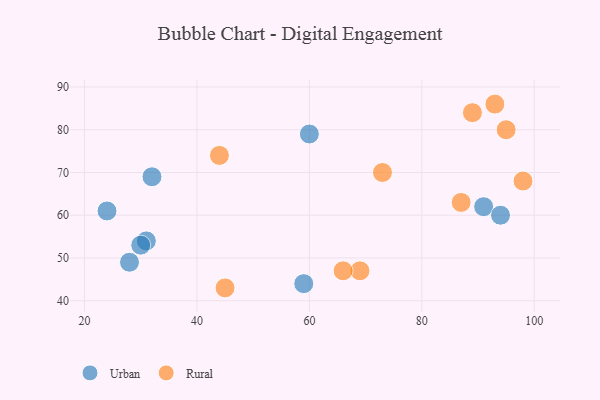
{"axis": {"x": "GDP", "y": "Life Expectancy"}, "legend": ["Rural", "Urban"], "data": [{"x": "60", "y": 79, "type": "Urban"}, {"x": "91", "y": 62, "type": "Urban"}, {"x": "28", "y": 49, "type": "Urban"}, {"x": "59", "y": 44, "type": "Urban"}, {"x": "94", "y": 60, "type": "Urban"}, {"x": "31", "y": 54, "type": "Urban"}, {"x": "24", "y": 61, "type": "Urban"}, {"x": "32", "y": 69, "type": "Urban"}, {"x": "30", "y": 53, "type": "Urban"}, {"x": "87", "y": 63, "type": "Rural"}, {"x": "89", "y": 84, "type": "Rural"}, {"x": "73", "y": 70, "type": "Rural"}, {"x": "69", "y": 47, "type": "Rural"}, {"x": "44", "y": 74, "type": "Rural"}, {"x": "93", "y": 86, "type": "Rural"}, {"x": "66", "y": 47, "type": "Rural"}, {"x": "95", "y": 80, "type": "Rural"}, {"x": "98", "y": 68, "type": "Rural"}, {"x": "45", "y": 43, "type": "Rural"}]}